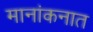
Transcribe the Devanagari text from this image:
मानांकनात